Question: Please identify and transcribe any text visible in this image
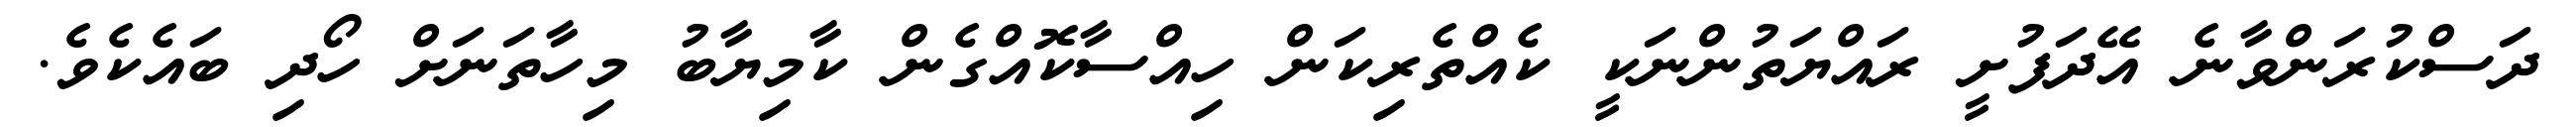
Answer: ދަސްކުރަންވާނެ އޭދަފުށީ ރައްޔަތުންނަކީ ކެއްތެރިކަން ހިއްސާކޮއްގެން ކާމިޔާބު މިހާތަނަށް ހޯދި ބައެކެވެ.